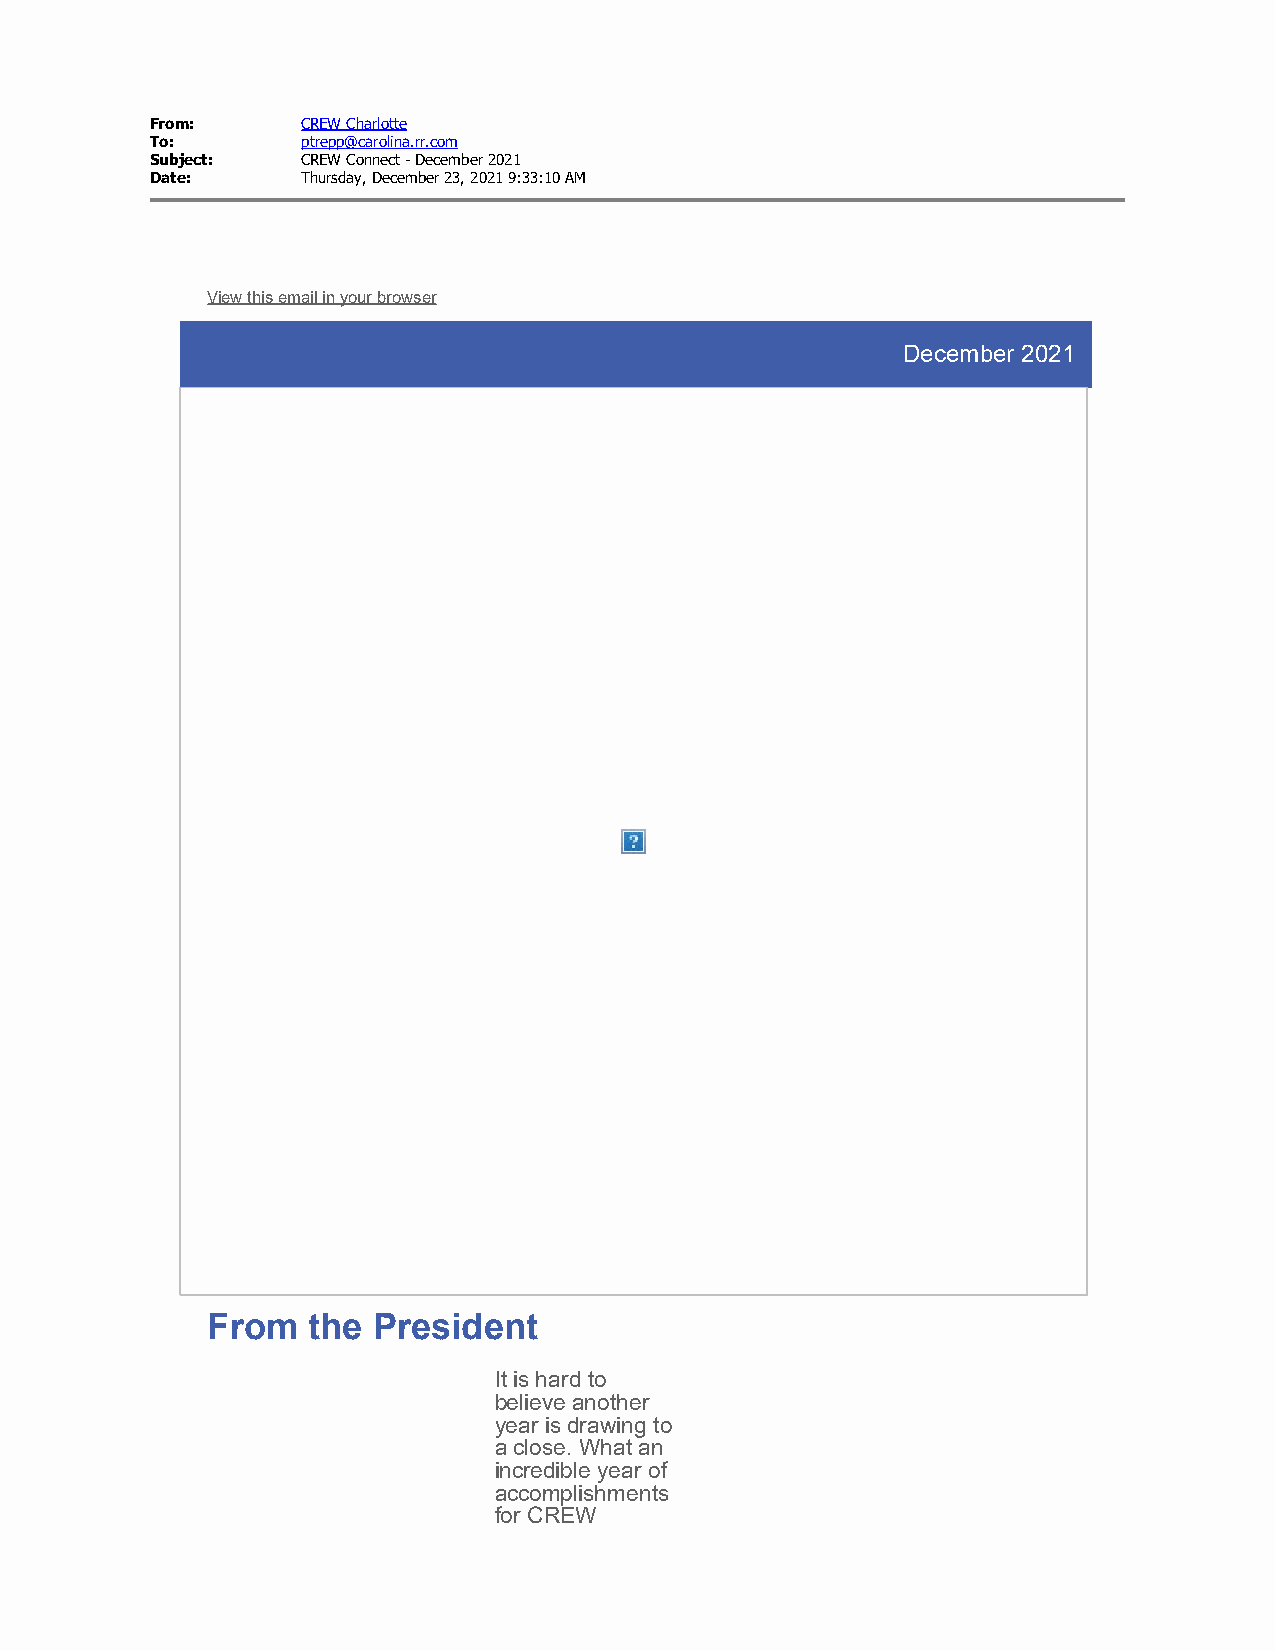
From:     CREW Charlotte
 To:       ptrepp@carolina.rr.com
 Subject:  CREW Connect - December 2021
 Date:     Thursday, December 23, 2021 9:33:10 AM
 View this email in your browser
 December 2021
 From  the  President
 It is hard to
 believe another
 year is drawing to
 a close. What an
 incredible year of
 accomplishments
 for CREW